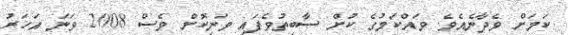
ކަމަށް ވެދާނެއެވެ. ވައްކަމުގެ ކުށް ސާބިތުވެފައި ވަނިކޮށް ވެސް 2008 ވަނަ އަހަރު